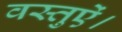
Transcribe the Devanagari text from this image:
वस्तुऐं।